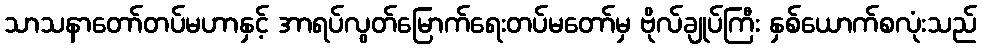
သာသနာတော်တပ်မဟာနှင့် အာရပ်လွတ်မြောက်ရေးတပ်မတော်မှ ဗိုလ်ချုပ်ကြီး နှစ်ယောက်စလုံးသည်